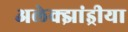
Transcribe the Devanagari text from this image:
अलेक्झांड्रीया